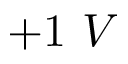
+ 1 \ V